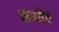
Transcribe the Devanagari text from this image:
काव्येच